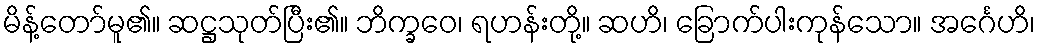
မိန့်တော်မူ၏။ ဆဋ္ဌသုတ်ပြီး၏။ ဘိက္ခဝေ၊ ရဟန်းတို့။ ဆဟိ၊ ခြောက်ပါးကုန်သော။ အင်္ဂေဟိ၊